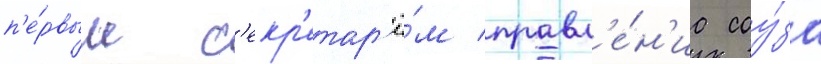
п'е́рвым с'екр'етар'ё́м правл'е́н'иа соу́за